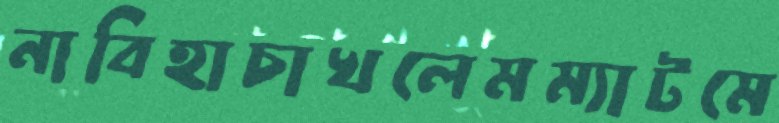
নাবিহাচাখলেমম্যাটমে